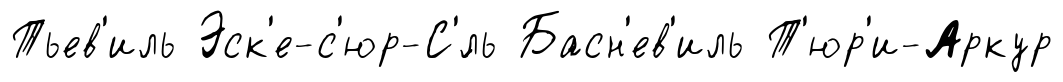
Тьев'иль Эск'е-с'юр-С'́ль Басн'ев'иль Т'юр'и-Аркур